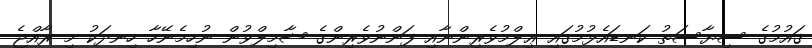
ޤައުމުގެ ސިޔާސަތު ކަނޑައެޅުމުގައި ޢިލްމުވެރިންނާއި ފަންނުވެރިންގެ ޝާމިލްވުން ނުހިމެނޭހާ ހިނދަކު މި ރާއްޖެ